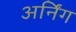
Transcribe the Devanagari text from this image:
अर्निंग